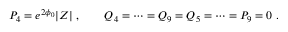
P _ { 4 } = e ^ { 2 \phi _ { 0 } } | Z | \ , \qquad Q _ { 4 } = \dots = Q _ { 9 } = Q _ { 5 } = \dots = P _ { 9 } = 0 \ .